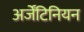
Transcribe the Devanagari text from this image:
अर्जेंटिनियन